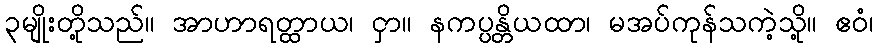
၃မျိုးတို့သည်။ အာဟာရတ္ထာယ၊ ငှာ။ နကပ္ပန္တိယထာ၊ မအပ်ကုန်သကဲ့သို့။ ဧဝံ၊